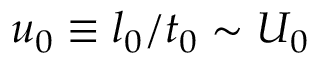
u _ { 0 } \equiv l _ { 0 } / t _ { 0 } \sim U _ { 0 }